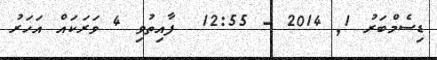
ޑިސެމްބަރު 1